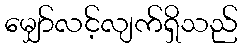
မျှော်လင့်လျက်ရှိသည်